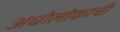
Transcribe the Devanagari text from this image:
अधोलोकाची